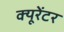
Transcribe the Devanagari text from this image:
क्यूरेंटर